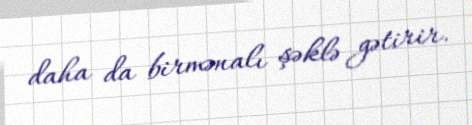
daha da birmənalı şəklə gətirir.